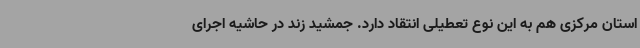
استان مرکزی هم به این نوع تعطیلی انتقاد دارد. جمشید زند در حاشیه اجرای